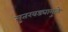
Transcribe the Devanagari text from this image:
मुतखड्यामुळे